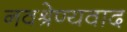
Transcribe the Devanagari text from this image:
नवश्रेण्यवाद